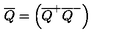
\overline { { Q } } = \left( \overline { { Q } } ^ { + } \overline { { Q } } ^ { - } \right)